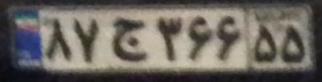
۸۷ج۳۶۶۵۵